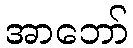
အာဘော်